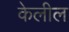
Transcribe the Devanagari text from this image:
केलील